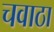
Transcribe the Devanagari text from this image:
चवाठा